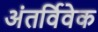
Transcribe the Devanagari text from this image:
अंतर्विवेक